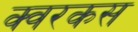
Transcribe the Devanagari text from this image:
क्वरकस